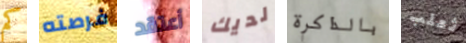
كم فرصته أعتقد لديك بالذاكرة ثعلب